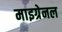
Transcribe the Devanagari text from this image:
माइग्रेनल